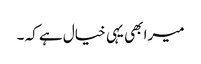
میرا بھی یہی خیال ہے کہ ۔